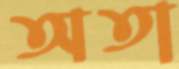
অতা